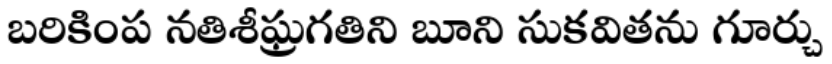
బరికింప నతిశీఘ్రగతిని బూని సుకవితను గూర్చు